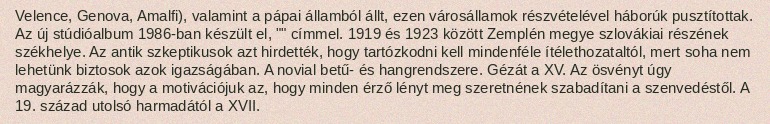
Velence, Genova, Amalfi), valamint a pápai államból állt, ezen városállamok részvételével háborúk pusztítottak. Az új stúdióalbum 1986-ban készült el, "" címmel. 1919 és 1923 között Zemplén megye szlovákiai részének székhelye. Az antik szkeptikusok azt hirdették, hogy tartózkodni kell mindenféle ítélethozataltól, mert soha nem lehetünk biztosok azok igazságában. A novial betű- és hangrendszere. Gézát a XV. Az ösvényt úgy magyarázzák, hogy a motivációjuk az, hogy minden érző lényt meg szeretnének szabadítani a szenvedéstől. A 19. század utolsó harmadától a XVII.